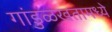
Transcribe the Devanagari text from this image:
गांडुळखतामध्ये